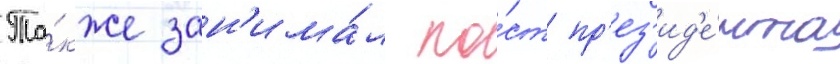
Та́кже зан'има́л по́ст пр'ез'ид'е́нта